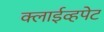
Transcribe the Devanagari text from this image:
क्लाईव्हपेट